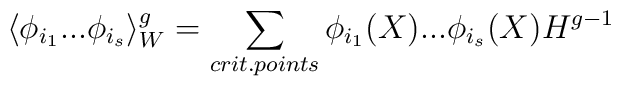
\langle \phi_{i_1} ... \phi_{i_s} \rangle_{W}^{g} =\sum_{crit. points} \phi_{i_1}(X)...\phi_{i_s}(X) H^{g-1}